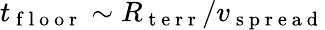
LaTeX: t_{\mathrm{~f~l~o~o~r~}}\sim R_{\mathrm{~t~e~r~r~}}/v_{\mathrm{~s~p~r~e~a~d~}}